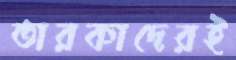
তারকাদেরই